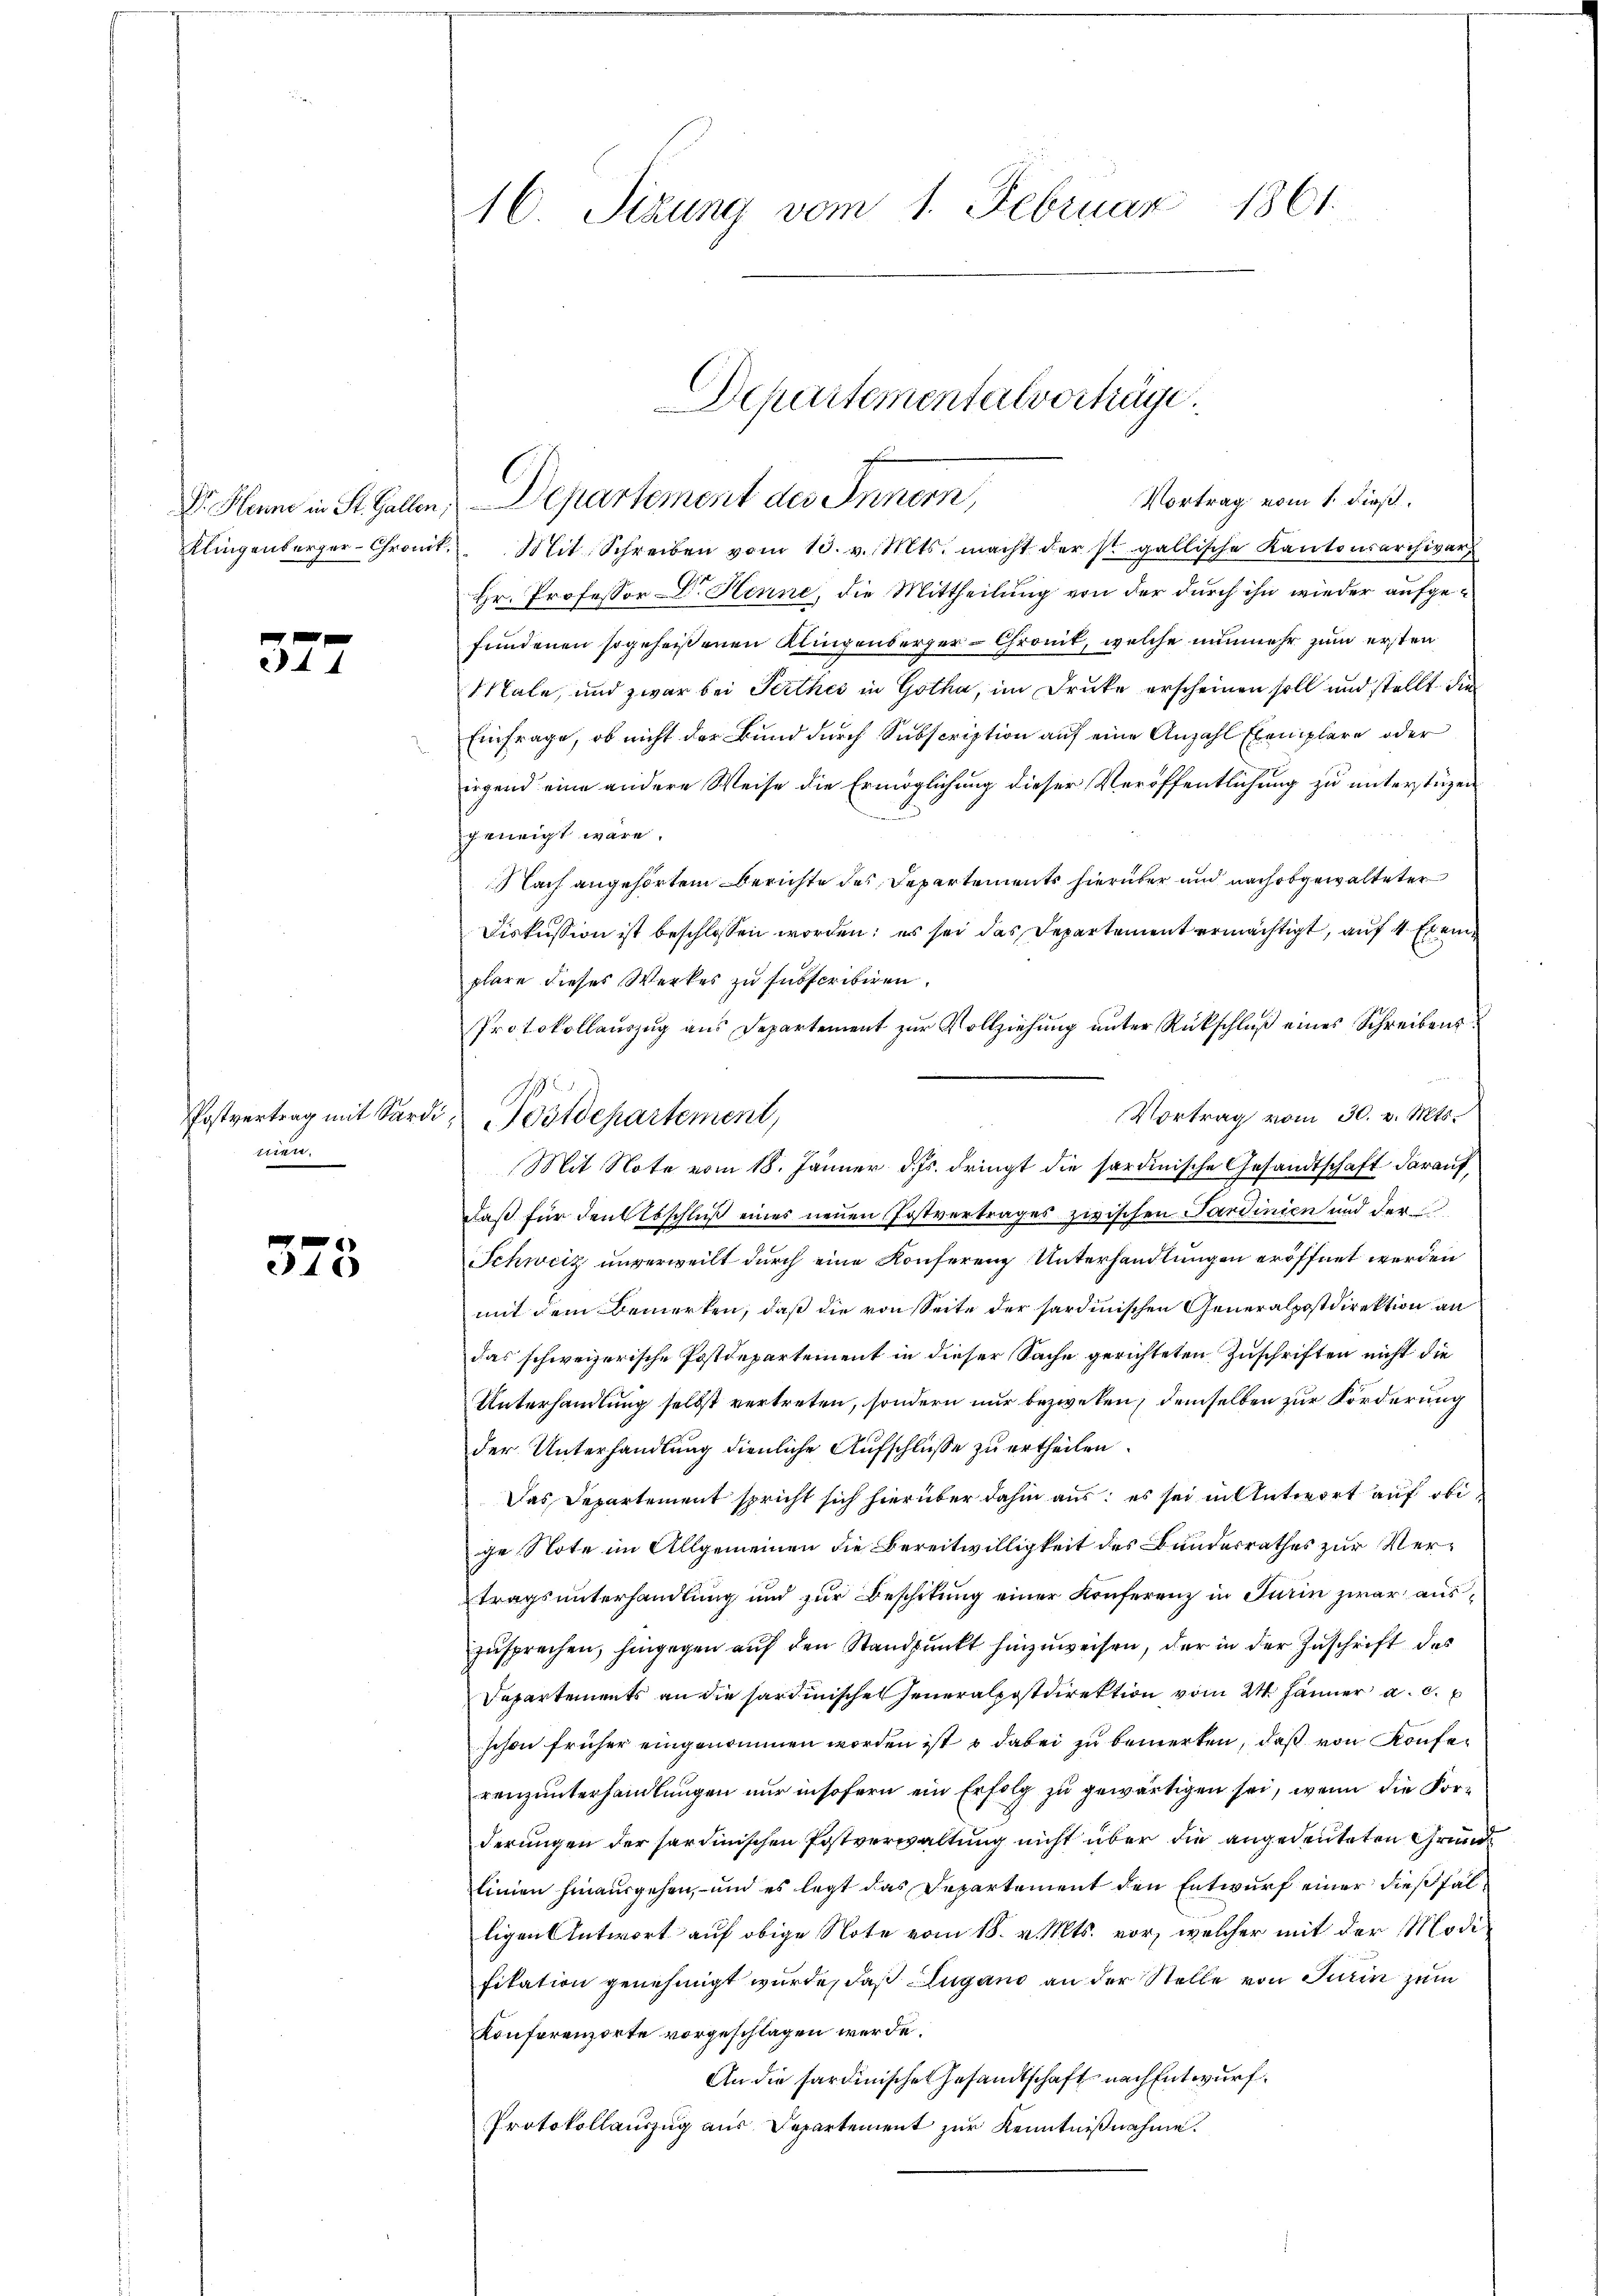
377

nen.

375

16. Sizung vom 1. Februar 1861.

Klingenberger-Chront. Mit Schreiben vom 13. v. Mts. macht der s gallische Kantonsarchivars
Hr. Professor Dr. Henne, die Mittheilung von der durch ihn wieder aufgefundenen sogeheißenen Klingenberger-Chromit, welche nunmehr zum ersten
Male, und zwar bei Seithes in Gotha, im Drucke erscheinen soll und stellt die
Einfrage, ob nicht der Bund durch Subscription auf eine Anzahl Exemplare oder
irgend eine andere Weise die Ermöglichung dieser Veröffentlichung zu unterstüzen
geneigt wäre.
Nach angehörtem Berichte des Departements hierüber und nach abgewalteter
Diskussion ist beschlossen worden: es sei das Departement ermächtigt, auf 4 Exem
plare dieses Werkes zu subscribiren.
Protokollauszug aus Departement zur Vollziehung unter Rückschluß eines Schreibens
Vortrag vom 30. v. Mts.
Mit Note vom 18. Jänner d. Js. dringt die sardinische Gesandtschaft darauf,
laß für den Abschluß eines neuen Postvertrages zwischen Sardinien und der
Schweiz unverweilt durch eine Konferenz Unterhandlungen eröffnet werden
mit dem Bemerken, daß die von Seite der sardinischen Generalpostdirektion an
das schweizerische Postdepartement in dieser Sache gerichteten Zuschriften nicht die
Unterhandlung selbst vertreten, sondern nur bezweken, demselben zur Förderung
der Unterhandlung dienliche Aufschluße zu ertheilen.
Das Departement spricht sich hierüber dahin aus: es sei in Antwort auf obige Note im Allgemeinen die Bereitwilligkeit des Bundesrathes zur Vertragsunterhandlung und zŭr Beschitŭng einer Konferenz in Turin zwar auszusprechen, hingegen auf den Standpunkt hinzuweisen, der in der Zuschrift des
Departements an die hardinische Generalpostdirektion vom 24. Jänner a. c.
schon früher eingenommen worden ist dabei zu bemerken, daß von Konferenzunterhandlungen nur insofern ein Erfolg zu gewärtigen sei, wenn die For-
derungen der serdinischen Postverwaltung nicht über die angedeuteten Grundlinien hinausgehen, und es legt das Departement den Entwurf einer dießfälligen Antwort auf obige Note vom 18. v. Mts. vor, welcher mit der Modifikation genehmigt wurde, daß Lugano an der Stelle von Turin zum
Konferenzorte vorgeschlagen werde.
An die sardinische Gesandtschaft nach Entwurf.
Protokollaŭszŭg aŭs Departement zŭr Kenntniβnahme.

Departementalverhäge
f
Vortrag vom 1. dieß,
V. Hanne in St. Gallen, Departement des Innern,

1
Postvertrag mit Sardi, Ostdepartement,